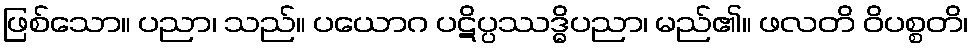
ဖြစ်သော။ ပညာ၊ သည်။ ပယောဂ ပဋိပ္ပဿဒ္ဓိပညာ၊ မည်၏။ ဖလတိ ဝိပစ္စတိ၊